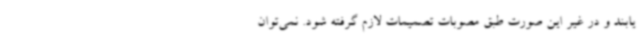
یابند و در غیر این صورت طبق مصوبات تصمیمات لازم گرفته شود. نمی‌توان